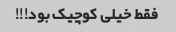
فقط خیلی کوچیک بود!!!